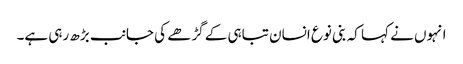
انہوں نے کہا کہ بنی نوع انسان تباہی کے گڑھے کی جانب بڑھ رہی ہے۔